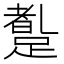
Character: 𲃼